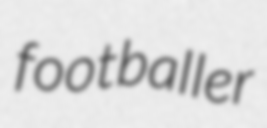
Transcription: footballer